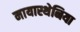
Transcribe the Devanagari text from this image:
मायास्थेनिया